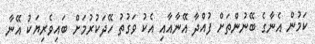
ކަމުން އެނާގެ ބޭނުންތަށް ފުއްދާ އޭނާއާއި އެކު ވަގުތު ހޭދަކުރުމަށް ބައިވެރިޔަކު އޭނާ